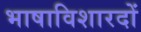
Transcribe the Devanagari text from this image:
भाषाविशारदों